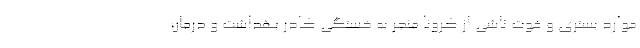
موارد بستری و فوت ناشی از کرونا منجر به خستگی کادر بهداشت و درمان